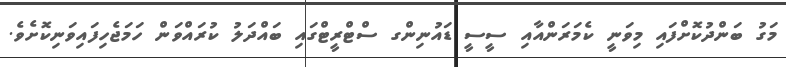
މަގު ބަންދުކޮށްފައި މިވަނީ ކެމަރަންއާއި ސީސީ ޑައުނިންގ ސްޓްރީޓްގައި ބައްދަލު ކުރައްވަން ހަމަޖެހިފައިވަނިކޮށެވެ.